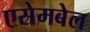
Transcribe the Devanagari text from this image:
एसेमबेल